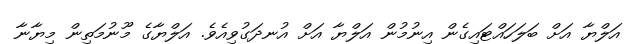
އަލްޔާ އަށް ބަލަހައްޓައިގެން އިނުމުން އަލްޔާ އަށް އުނދަގުވިއެވެ. އަލްޔާގެ މޫނުމަތިން މިޔާނާ